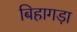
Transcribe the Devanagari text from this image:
बिहागड़ा